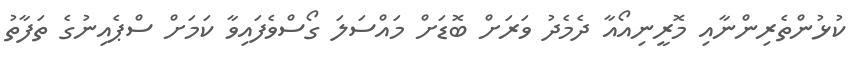
ކުޅުންތެރިންނާއި މޮރީނިއޯއާ ދެމެދު ވަރަށް ބޮޑަށް މައްސަލަ ގޯސްވެފައިވާ ކަމަށް ސްޕެއިނުގެ ތަފާތު